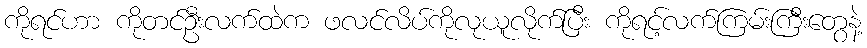
ကိုရင်ဟာ ကိုတင်ဦးလက်ထဲက ဖလင်လိပ်ကိုလုယူလိုက်ပြီး ကိုရင့်လက်ကြမ်းကြီးတွေနဲ့